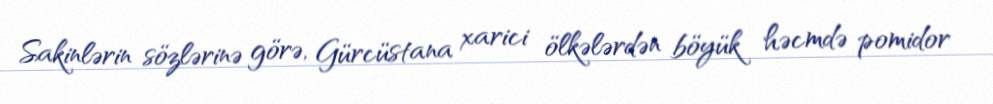
Sakinlərin sözlərinə görə, Gürcüstana xarici ölkələrdən böyük həcmdə pomidor